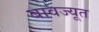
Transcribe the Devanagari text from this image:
बावज्यूत